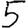
Digit: 5